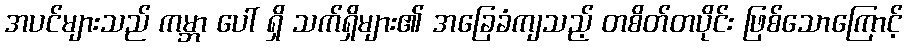
အပင်များသည် ကမ္ဘာ ပေါ် ရှိ သက်ရှိများ၏ အခြေခံကျသည့် တစိတ်တပိုင်း ဖြစ်သောကြောင့်